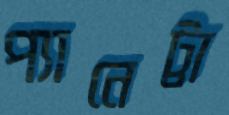
প্যানেট্টা